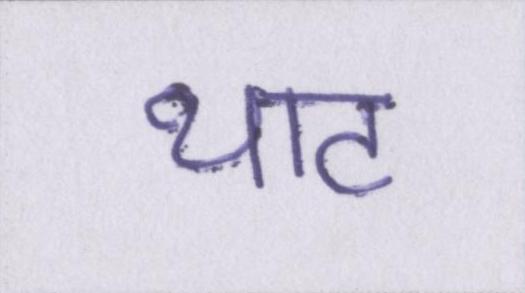
थाट